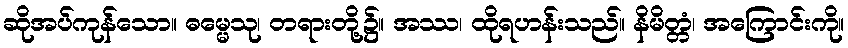
ဆိုအပ်ကုန်သော။ ဓမ္မေသု၊ တရားတို့၌။ အဿ၊ ထိုရဟန်းသည်။ နိမိတ္တံ၊ အကြောင်းကို။